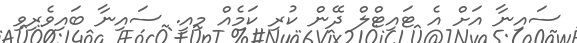
ސައިނާ އަށް އެ ޓައިޓްލް ދޭން ކުރި ކަމެއް މިއީ. ސައިނާ ބައިވެރިވި